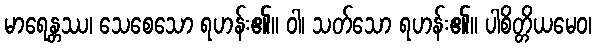
မာရေန္တဿ၊ သေစေသော ရဟန်း၏။ ဝါ၊ သတ်သော ရဟန်း၏။ ပါစိတ္တိယမေဝ၊